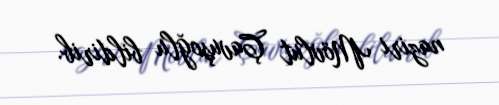
naziri Mövlut Çavuşoğlu bildirib.